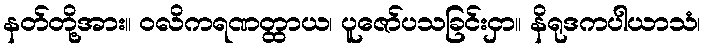
နတ်တို့အား။ ဝလိကရဏတ္ထာယ၊ ပူဇော်ပသခြင်းငှာ။ နိရုဒကပါယာသံ၊